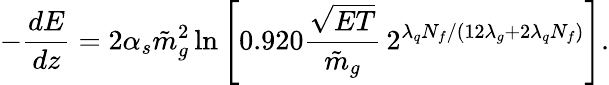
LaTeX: -\frac{dE}{dz}=2\alpha_{s}{\tilde{m}}_{g}^{2}\ln\left[0.920\frac{\sqrt{ET}}{\tilde{m}_{g}}\, 2^{\lambda_{q}N_{f}/(12\lambda_{g}+2\lambda_{q}N_{f})}\right].